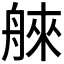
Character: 𦩑